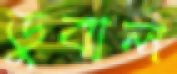
ডুবাল